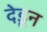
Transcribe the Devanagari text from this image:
देडून